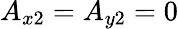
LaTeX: A_{x2}=A_{y2}=0